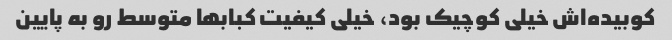
کوبیده‌اش خیلی کوچیک بود، خیلی کیفیت کبابها متوسط رو به پایین